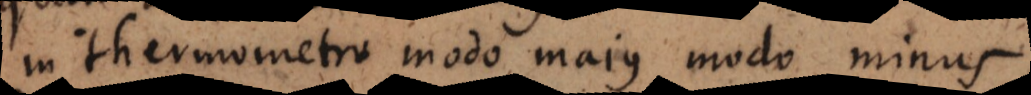
in thermometro modo majus modo minus